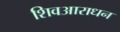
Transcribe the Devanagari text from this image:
शिवआराधन